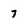
Character: 7